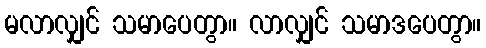
မလာလျှင် သမာပေတွာ။ လာလျှင် သမာဒပေတွာ။